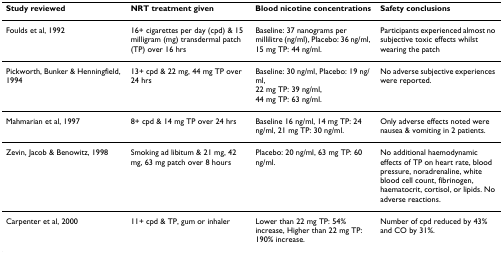
<table><thead><tr><td><b>Study reviewed</b></td><td><b>NRT treatment given</b></td><td><b>Blood nicotine concentrations</b></td><td><b>Safety conclusions</b></td></tr></thead><tbody><tr><td>Foulds et al, 1992</td><td>16+ cigarettes per day (cpd) &amp; 15 milligram (mg) transdermal patch (TP) over 16 hrs</td><td>Baseline: 37 nanograms per millilitre (ng/ml), Placebo: 36 ng/ml, 15 mg TP: 44 ng/ml.</td><td>Participants experienced almost no subjective toxic effects whilst wearing the patch</td></tr><tr><td>Pickworth, Bunker &amp; Henningfield, 1994</td><td>13+ cpd &amp; 22 mg, 44 mg TP over 24 hrs</td><td>Baseline: 30 ng/ml, Placebo: 19 ng/ml,22 mg TP: 39 ng/ml,44 mg TP: 63 ng/ml.</td><td>No adverse subjective experiences were reported.</td></tr><tr><td>Mahmarian et al, 1997</td><td>8+ cpd &amp; 14 mg TP over 24 hrs</td><td>Baseline 16 ng/ml, 14 mg TP: 24 ng/ml, 21 mg TP: 30 ng/ml.</td><td>Only adverse effects noted were nausea &amp; vomiting in 2 patients.</td></tr><tr><td>Zevin, Jacob &amp; Benowitz, 1998</td><td>Smoking ad libitum &amp; 21 mg, 42 mg, 63 mg patch over 8 hours</td><td>Placebo: 20 ng/ml, 63 mg TP: 60 ng/ml.</td><td>No additional haemodynamic effects of TP on heart rate, blood pressure, noradrenaline, white blood cell count, fibrinogen, haematocrit, cortisol, or lipids. No adverse reactions.</td></tr><tr><td>Carpenter et al, 2000</td><td>11+ cpd &amp; TP, gum or inhaler</td><td>Lower than 22 mg TP: 54% increase, Higher than 22 mg TP: 190% increase.</td><td>Number of cpd reduced by 43% and CO by 31%.</td></tr></tbody></table>